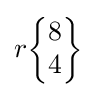
r{\begin{Bmatrix}8\\4\end{Bmatrix}}